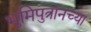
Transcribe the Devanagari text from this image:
भुमिपुत्रांनच्या